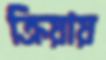
ক্রিয়ায়